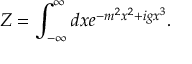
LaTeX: Z = \int _ { - \infty } ^ { \infty } d x e ^ { - m ^ { 2 } x ^ { 2 } + i g x ^ { 3 } } .